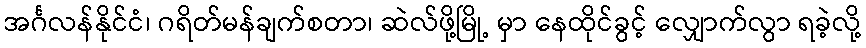
အင်္ဂလန်နိုင်ငံ၊ ဂရိတ်မန်ချက်စတာ၊ ဆဲလ်ဖို့မြို့ မှာ နေထိုင်ခွင့် လျှောက်လွာ ရခဲ့လို့